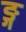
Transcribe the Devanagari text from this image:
ङ्ग